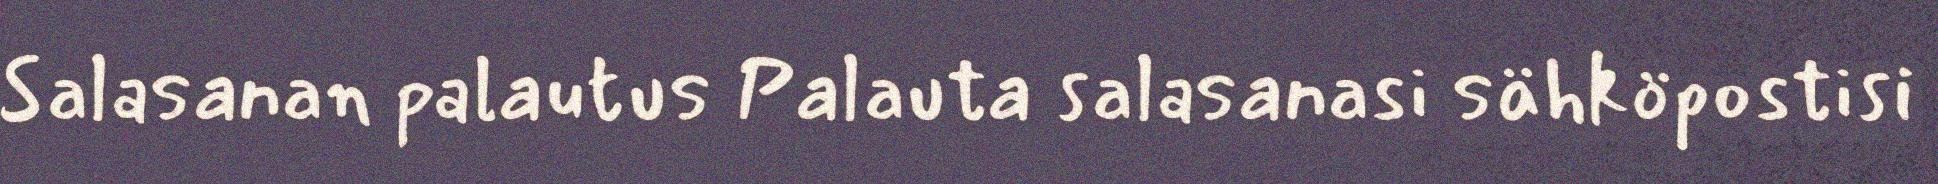
Salasanan palautus Palauta salasanasi sähköpostisi